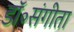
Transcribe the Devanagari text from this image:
डॉ॰संगीता